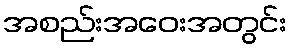
အစည်းအဝေးအတွင်း